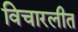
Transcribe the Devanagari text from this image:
विचारलीत